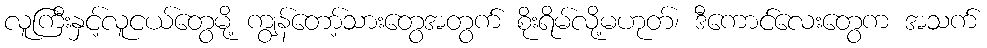
လူကြီးနှင့်လူငယ်တွေမို့ ကျွန်တော့်သားတွေအတွက် စိုးရိမ်လို့မဟုတ်၊ ဒီကောင်လေးတွေက အသက်